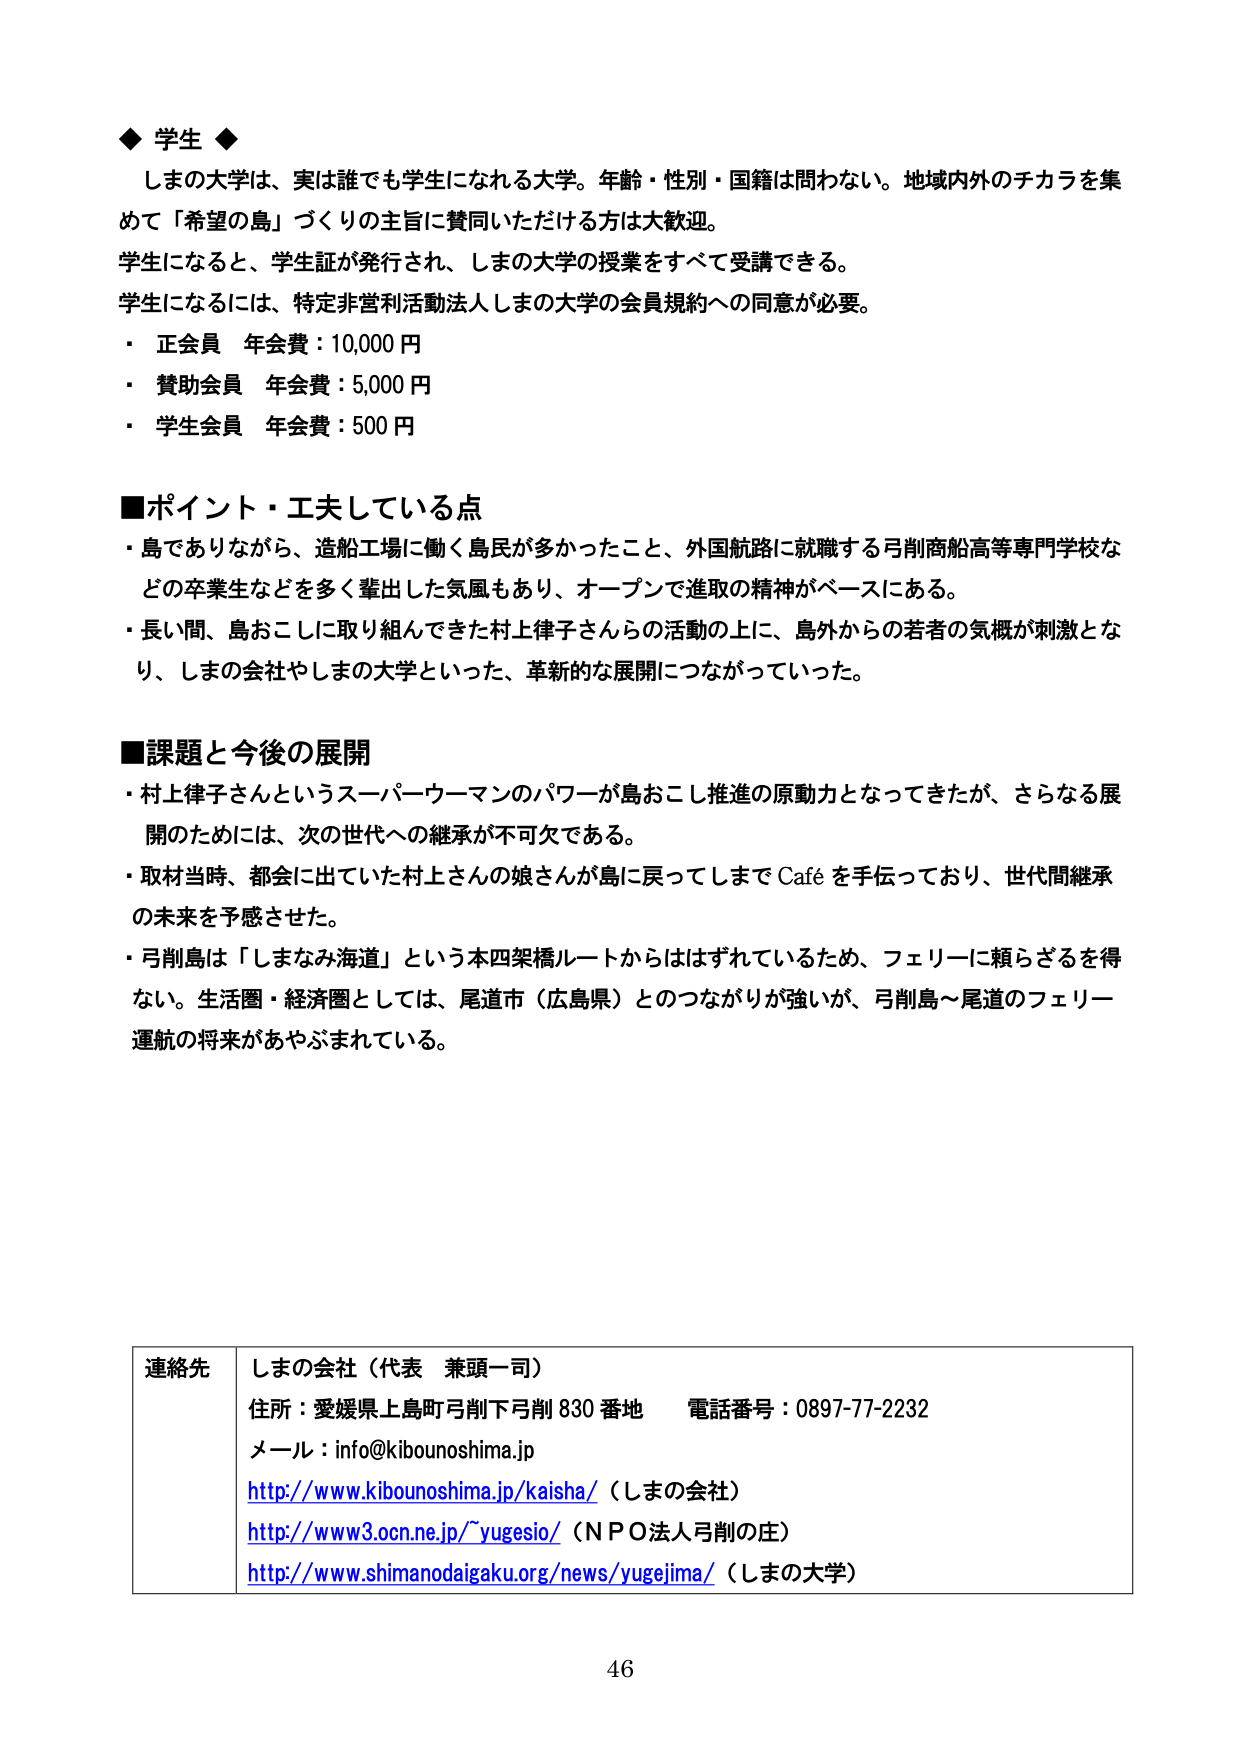
◆ 学生 ◆
しまの大学は、実は誰でも学生になれる大学。年齢・性別・国籍は問わない。地域内外のチカラを集めて「希望の島」づくりの主旨に賛同いただける方は大歓迎。
学生になると、学生証が発行され、しまの大学の授業をすべて受講できる。
学生になるには、特定非営利活動法人しまの大学の会員規約への同意が必要。
・ 正会員 年会費：10,000 円
・ 賛助会員 年会費：5,000 円
・ 学生会員 年会費：500 円

■ポイント・工夫している点
・ 島でありながら、造船工場に働く島民が多かったこと、外国航路に就職する弓削商船高等専門学校などの卒業生などを多く輩出した気風もあり、オープンで進取の精神がベースにある。
・ 長い間、島おこしに取り組んできた村上律子さんらの活動の上に、島外からの若者の気概が刺激となり、しまの会社やしまの大学といった、革新的な展開につながっていった。

■課題と今後の展開
・ 村上律子さんというスーパーウーマンのパワーが島おこし推進の原動力となってきたが、さらなる展開のためには、次の世代への継承が不可欠である。
・ 取材当時、都会に出ていた村上さんの娘さんが島に戻ってしまで Café を手伝っており、世代間継承の未来を予感させた。
・ 弓削島は「しまなみ海道」という本四架橋ルートからははずれているため、フェリーに頼らざるを得ない。生活圏・経済圏としては、尾道市（広島県）とのつながりが強いが、弓削島～尾道のフェリー運航の将来があやふれている。

連絡先 しまの会社（代表 兼頭一司）
住所：愛媛県上島町弓削下弓削 830 番地 電話番号：0897-77-2232
メール：info@kibounoshima.jp
http://www.kibounoshima.jp/kaisha/（しまの会社）
http://www3.ocn.ne.jp/~yugesio/（ＮＰＯ法人弓削の庄）
http://www.shimanodaigaku.org/news/yugejima/（しまの大学）

46